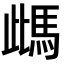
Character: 𩢑